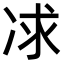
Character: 𠗈